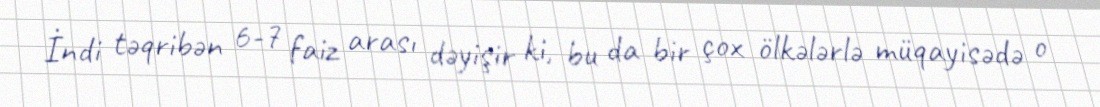
İndi təqribən 6-7 faiz arası dəyişir ki, bu da bir çox ölkələrlə müqayisədə o